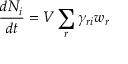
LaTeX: { \frac { d N _ { i } } { d t } } = V \sum _ { r } \gamma _ { r i } w _ { r }